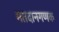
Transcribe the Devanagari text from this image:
मतदानगणक